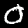
Digit: 0